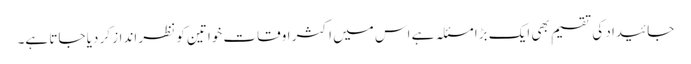
جائیداد کی تقسیم بھی ایک بڑا مسئلہ ہے اس میں اکثر اوقات خواتین کو نظر انداز کر دیا جاتا ہے۔